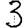
Digit: 3